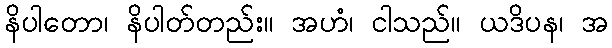
နိပါတော၊ နိပါတ်တည်း။ အဟံ၊ ငါသည်။ ယဒိပန၊ အ